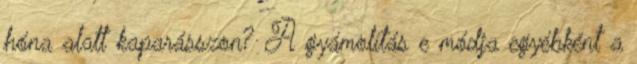
hóna alatt kaparásszon? A gyámolítás e módja egyébként a